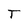
Character: T